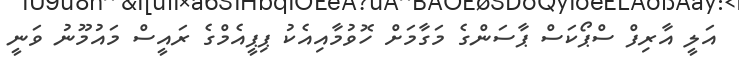
އަލީ އާރިފް ސްޕޯކަސް ޕާސަންގެ މަގާމަށް ހޮވުމާއިއެކު ޕިޕީއެމްގެ ރައީސް މައުމޫނު ވަނީ